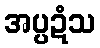
အပ္ပဍံသ